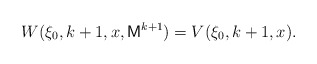
\begin{align*}W(\xi_0,k+1,x,\mathsf{M}^{k+1})=V(\xi_0,k+1,x).\end{align*}